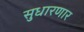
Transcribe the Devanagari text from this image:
सुधारणार